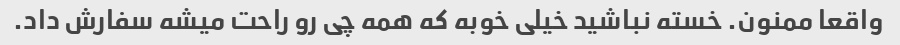
واقعا ممنون. خسته نباشید خیلی خوبه که همه چی رو راحت میشه سفارش داد.